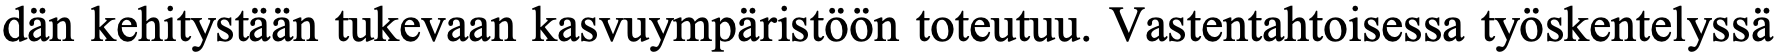
dän kehitystään tukevaan kasvuympäristöön toteutuu. Vastentahtoisessa työskentelyssä